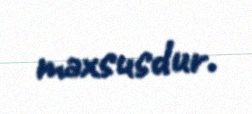
məxsusdur.